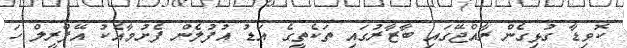
ކޮވިޑާ ގުޅިގެން ރާއްޖޭގައި ބާޒާރުގައި ތަކެތީގެ އަޑު އުފުލެން ފެށުމާއެކު އޭޕްރީލް ހަ